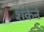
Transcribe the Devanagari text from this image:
शंकेने